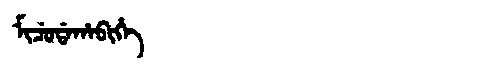
Manchu: ᠮᡳᠴᡠᡩᠠᡥᠠᠪᡳᡥᡝ
Romanization: MICUDAHABIHE